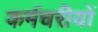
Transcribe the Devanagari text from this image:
कर्मचरीयों